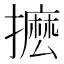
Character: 𭢮